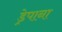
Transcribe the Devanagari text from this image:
ड्रेपाना